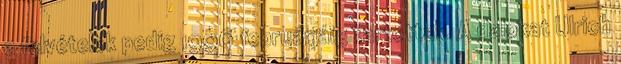
a felvételek pedig 1996 februárjáig tartottak. A dalokat Ulrich